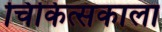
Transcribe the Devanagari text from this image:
चिकित्सकाला